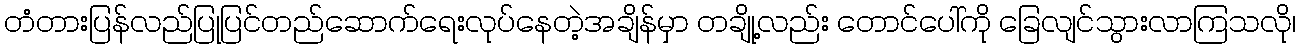
တံတားပြန်လည်ပြုပြင်တည်ဆောက်ရေးလုပ်နေတဲ့အချိန်မှာ တချို့လည်း တောင်ပေါ်ကို ခြေလျင်သွားလာကြသလို၊